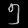
Digit: ၅